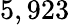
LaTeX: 5,923